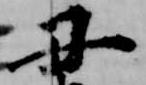
丑